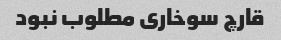
قارچ سوخاری مطلوب نبود